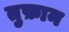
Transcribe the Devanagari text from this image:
तुफ़ान